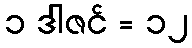
၁ ဒါဇင် = ၁၂